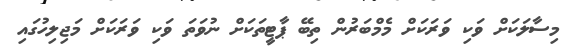
މިސާލަކަށް ވަކި ވަރަކަށް މެމްބަރުން ތިބޭ ޕާޓީތަކަށް ނުވަތަ ވަކި ވަރަކަށް މަޖިލިހުގައި